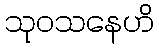
သုဝသနေဟိ